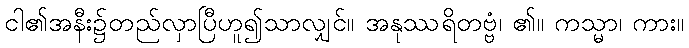
ငါ၏အနီး၌တည်လှာပြီဟူ၍သာလျှင်။ အနုဿရိတဗ္ဗံ၊ ၏။ ကသ္မာ၊ ကား။